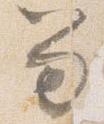
笏